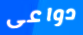
دواعى